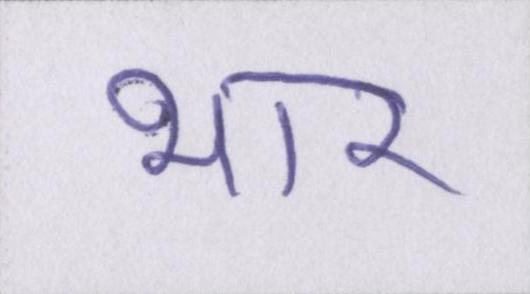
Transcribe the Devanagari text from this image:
भार